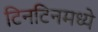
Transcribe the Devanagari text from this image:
टिनटिनमध्ये